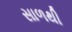
સાળથી